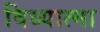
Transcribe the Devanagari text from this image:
विध्यात्मा